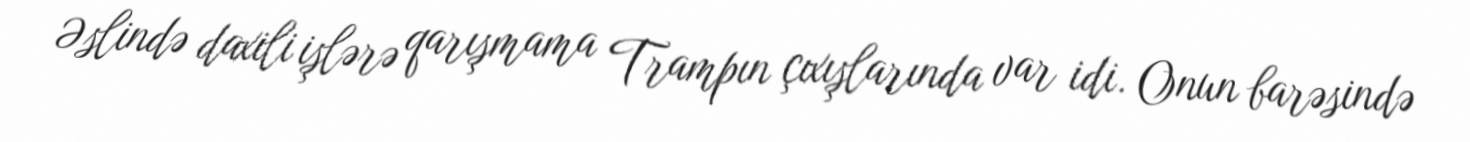
Əslində daxili işlərə qarışmama Trampın çıxışlarında var idi. Onun barəsində